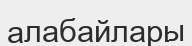
алабайлары